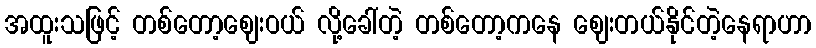
အထူးသဖြင့် တစ်တော့ဈေးဝယ် လို့ခေါ်တဲ့ တစ်တော့ကနေ ဈေးတယ်နိုင်တဲ့နေရာဟာ